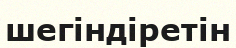
шегіндіретін